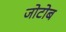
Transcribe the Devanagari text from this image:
जोटोब